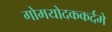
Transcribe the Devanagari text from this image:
गोमयोदककर्दमे